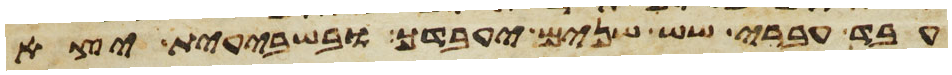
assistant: עבד עברי שש שנים יעבדך ובשבעית יצא